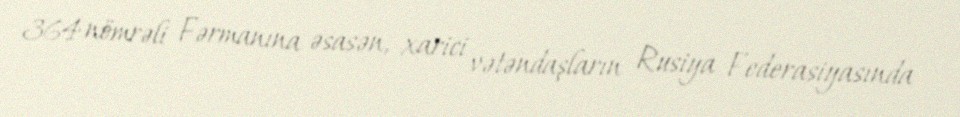
364 nömrəli Fərmanına əsasən, xarici vətəndaşların Rusiya Federasiyasında